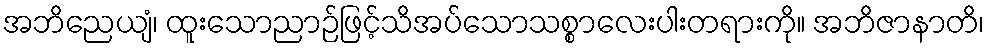
အဘိညေယျံ၊ ထူးသောညာဉ်ဖြင့်သိအပ်သောသစ္စာလေးပါးတရားကို။ အဘိဇာနာတိ၊